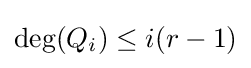
\deg(Q_{i})\leq i(r-1)